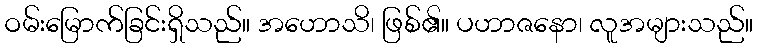
ဝမ်းမြောက်ခြင်းရှိသည်။ အဟောသိ၊ ဖြစ်၏။ ပဟာဇနော၊ လူအများသည်။